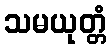
သမယုတ္တံ